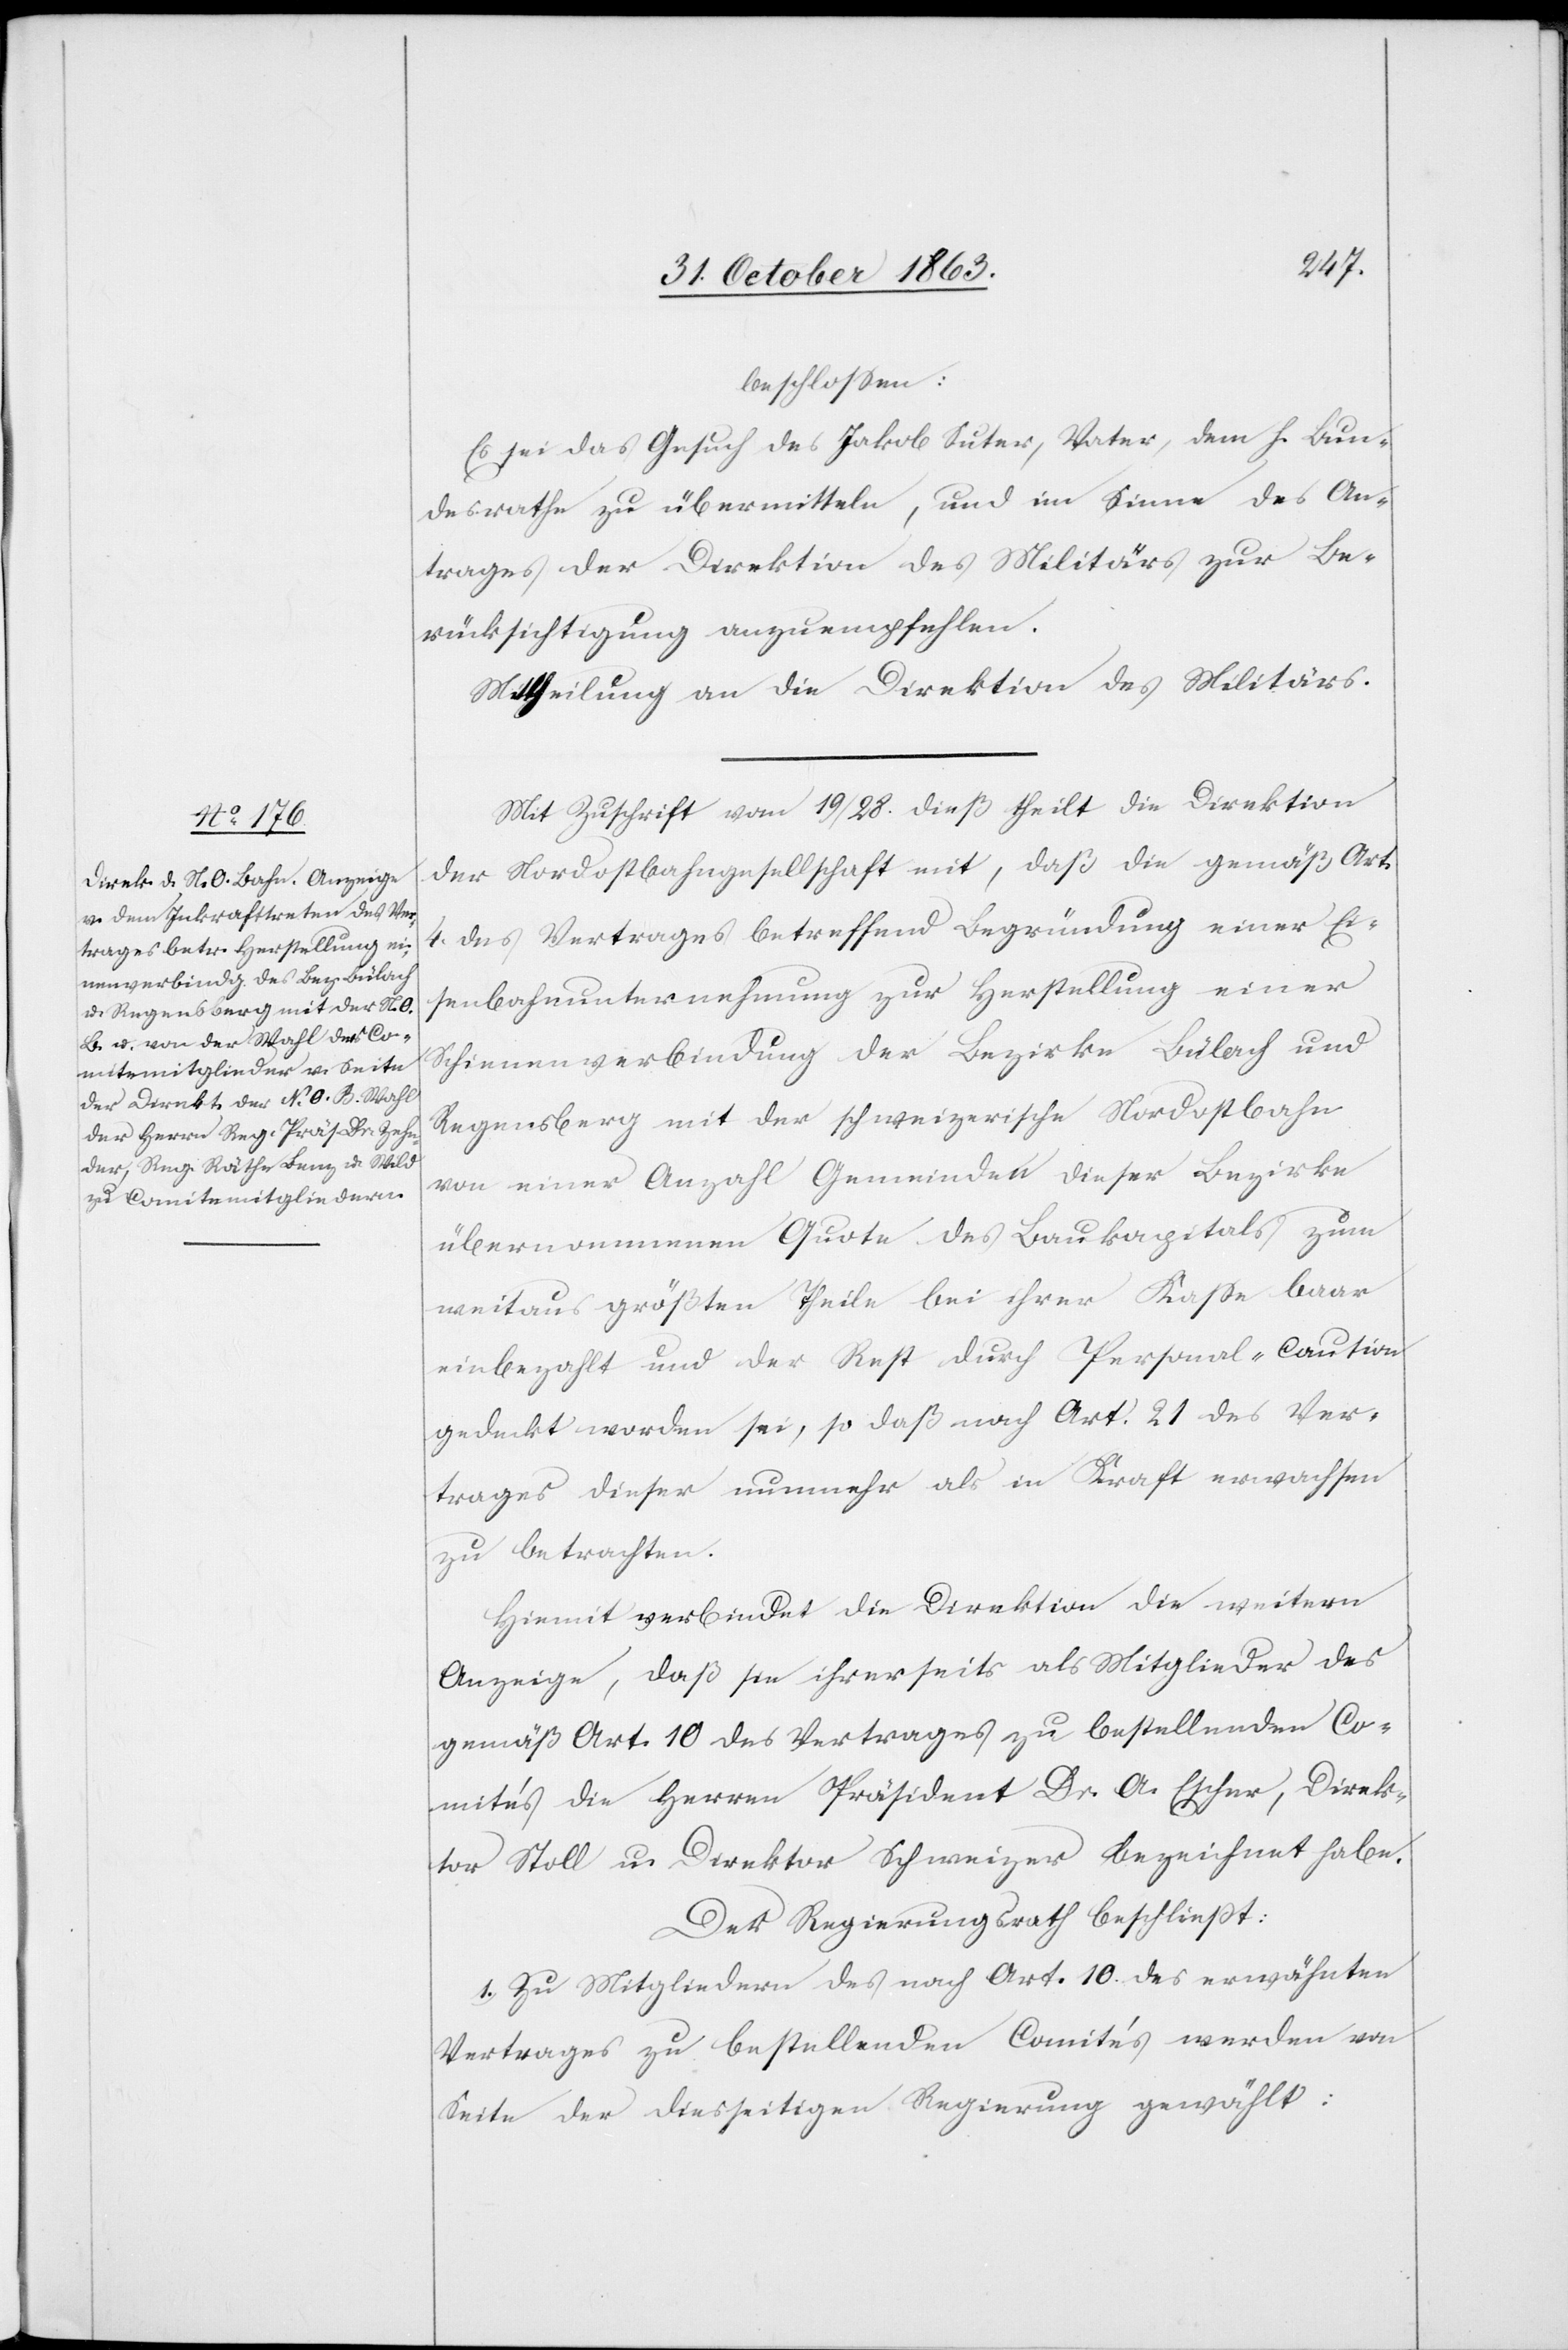
beschlossen:
Es sei das Gesuch des Jakob Suter, Vater, dem h. Bun¬
desrathe zu übermitteln, und im Sinne des An¬
trages der Direktion des Militärs zur Be¬
rücksichtigung anzuempfehlen.
Mit Zuschrift von 19/28. dieß theilt die Direktion
der Nordostbahngesellschaft mit, daß die gemäß Art.
4. des Vertrages betreffend Begründung einer Ei¬
senbahnunternehmung zur Herstellung einer
Schienenverbindung der Bezirke Bülach und
Regensberg mit der schweizerische[n] Nordostbahn
von einer Anzahl Gemeinden dieser Bezirke
übernommenen Quote des Baukapitals zum
weitaus größten Theile bei ihrer Kasse baar
einbezahlt und der Rest durch Personal-Caution
gedeckt worden sei, so daß nach Art. 21 des Ver¬
trages dieser nunmehr als in Kraft erwachsen
zu betrachten.
Hiemit verbindet die Direktion die weitere
Anzeige, daß sie ihrerseits als Mitglieder des
gemäß Art. 10 des Vertrages zu bestellenden Co¬
mités die Herren Präsident Dr. A. Escher, Direk¬
tor Stoll u. Direktor Schweizer bezeichnet habe.
Der Regierungsrath beschliesst:
1. Zu Mitgliedern des nach Art. 10 des erwähnten
Vertrages zu bestellenden Comités werden von
Seite der diesseitigen Regierung gewählt: